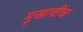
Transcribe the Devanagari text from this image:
मुखाचीच